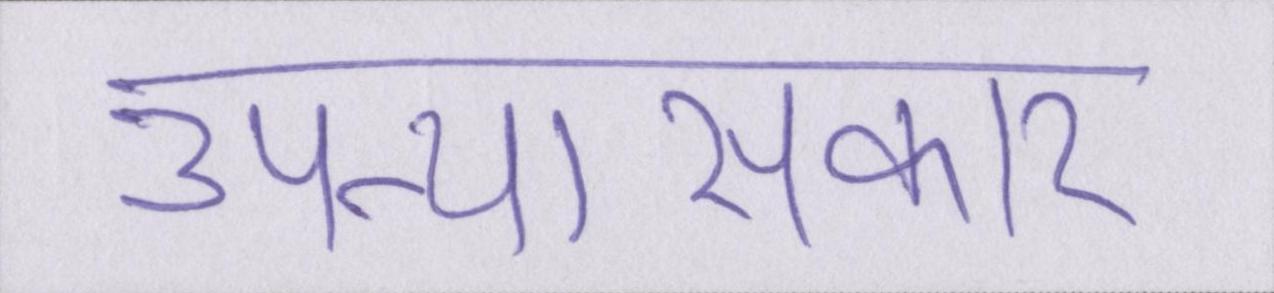
उपन्यासकार